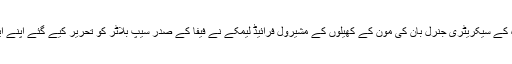
یہ مطالبہ اقوامِ متحدہ کے سیکریٹری جنرل بان کی مون کے کھیلوں کے مشیرول فرائیڈ لیمکے نے فیفا کے صدر سیپ بلاٹر کو تحریر کیے گئے اپنے ایک خط میں کیا ہے۔